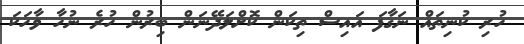
ހުރި ކުނިތައް ނަގާފަ އައިސް ތިކަން ކޮށްލަދޭނަން ބިރުން ހުރެ ނުހާ ވާހަކަ